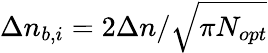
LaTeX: \Delta n_{b,i}=2\Delta n/\sqrt{\pi N_{opt}}